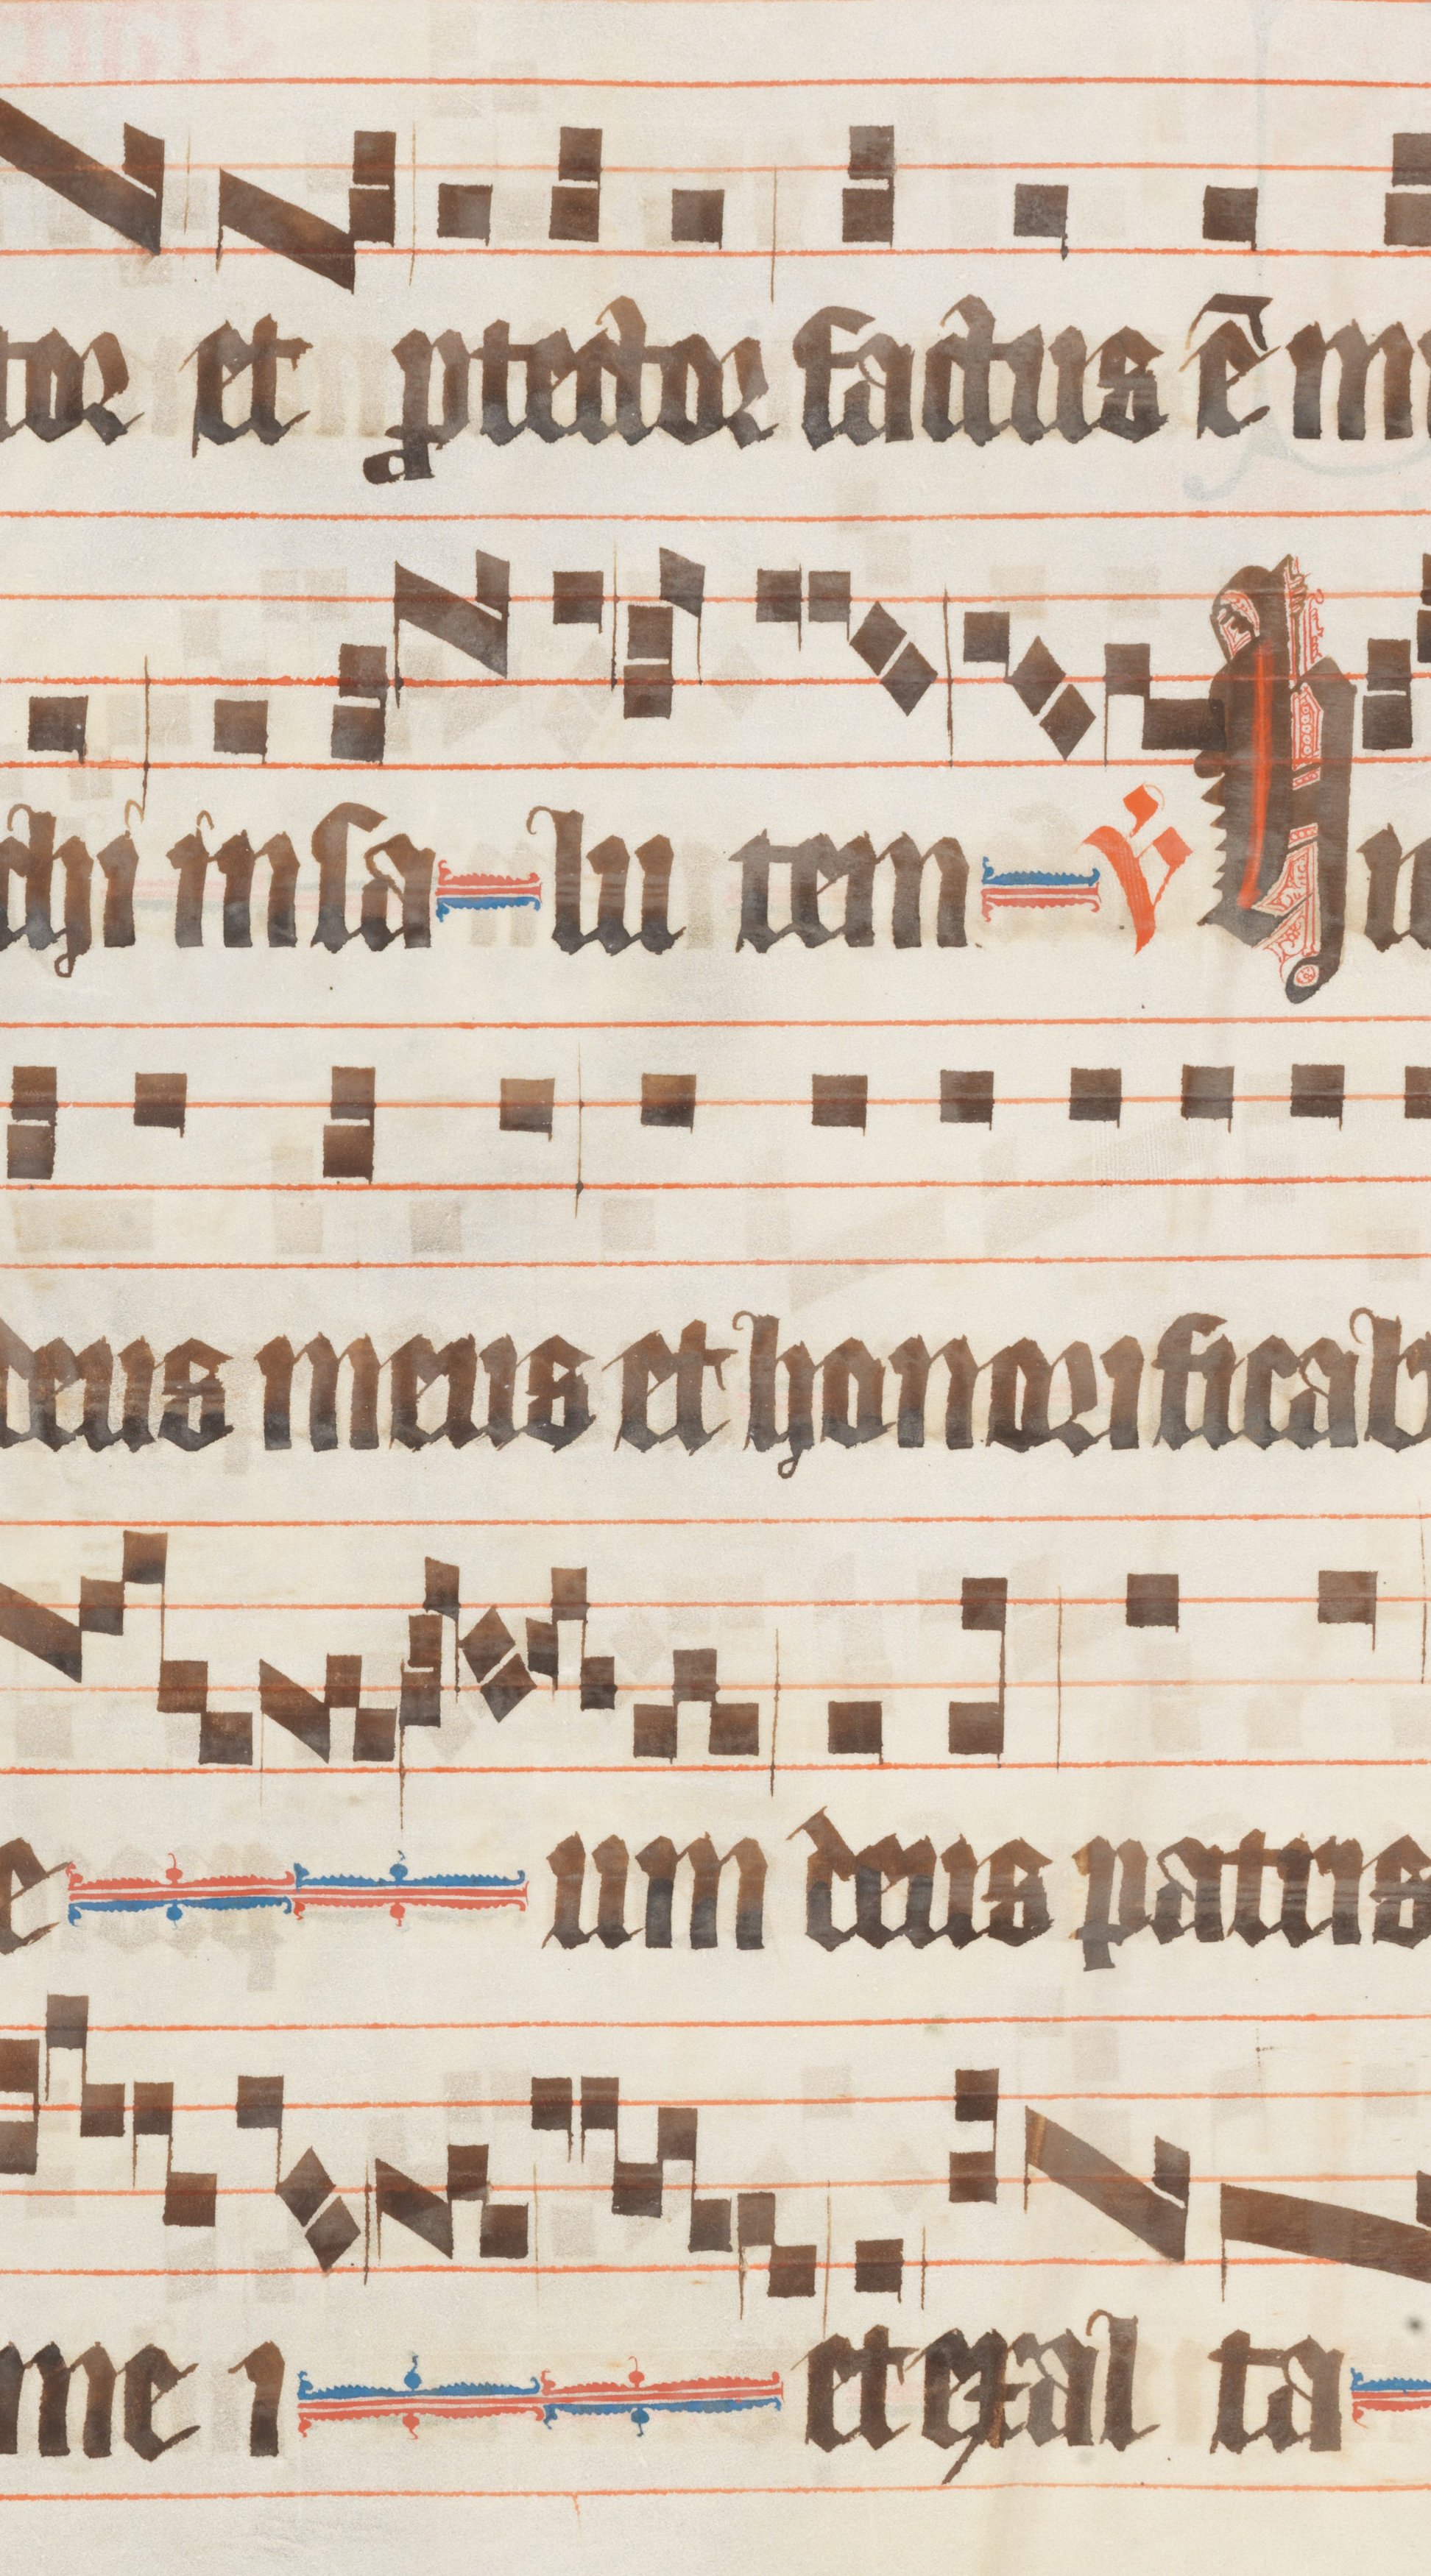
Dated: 1330–1335